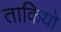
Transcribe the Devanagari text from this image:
ताकियो